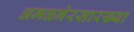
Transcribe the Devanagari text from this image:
अमळनेरसारख्या